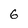
Character: G